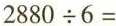
$$2 8 8 0 \div 5 =$$